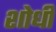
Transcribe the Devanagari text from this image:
शोधी